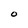
Character: O